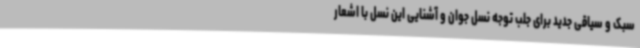
سبک و سیاقی جدید برای جلب توجه نسل جوان و آشنایی این نسل با اشعار